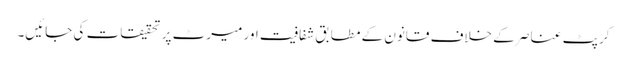
کرپٹ عناصر کے خلاف قانون کے مطابق شفافیت اور میرٹ پر تحقیقات کی جائیں۔